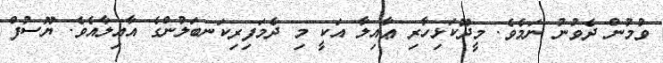
ވުމުން ދެވުނު ނަމެވެ. މީދޫކަޅިހާރި ޢާއިލާ އަކީ މި ދެމަފިރިކަނބަލުންގެ އާއިލާއެވެ. ޔޫސުފް